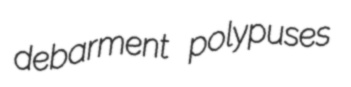
debarment polypuses